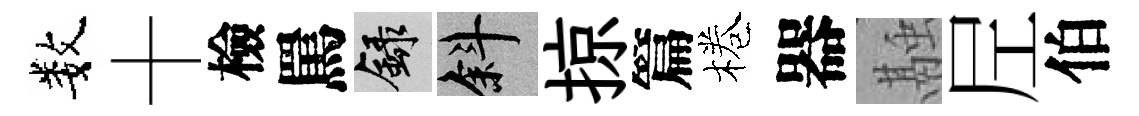
数十檢罵録斜掠篇棬器融𡰱伯